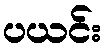
ပယင်း